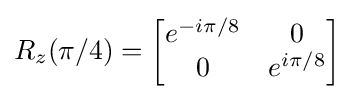
R_{z}(\pi /4)={\begin{bmatrix}e^{-i\pi /8}&0\\0&e^{i\pi /8}\end{bmatrix}}